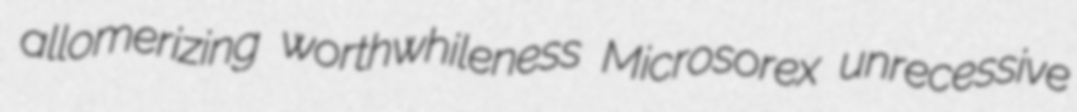
allomerizing worthwhileness Microsorex unrecessive